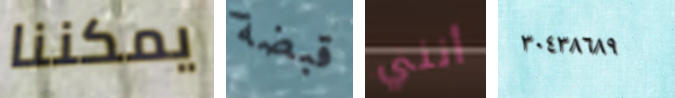
يمكننا قبضة أنني ٣٠٤٣٨٦٨٩